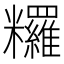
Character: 𥽺